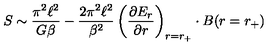
S \sim \frac { \pi ^ { 2 } \ell ^ { 2 } } { G \beta } - \frac { 2 \pi ^ { 2 } \ell ^ { 2 } } { \beta ^ { 2 } } \left( \frac { \partial E _ { r } } { \partial r } \right) _ { r = r _ { + } } \cdot B ( r = r _ { + } )